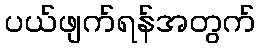
ပယ်ဖျက်ရန်အတွက်